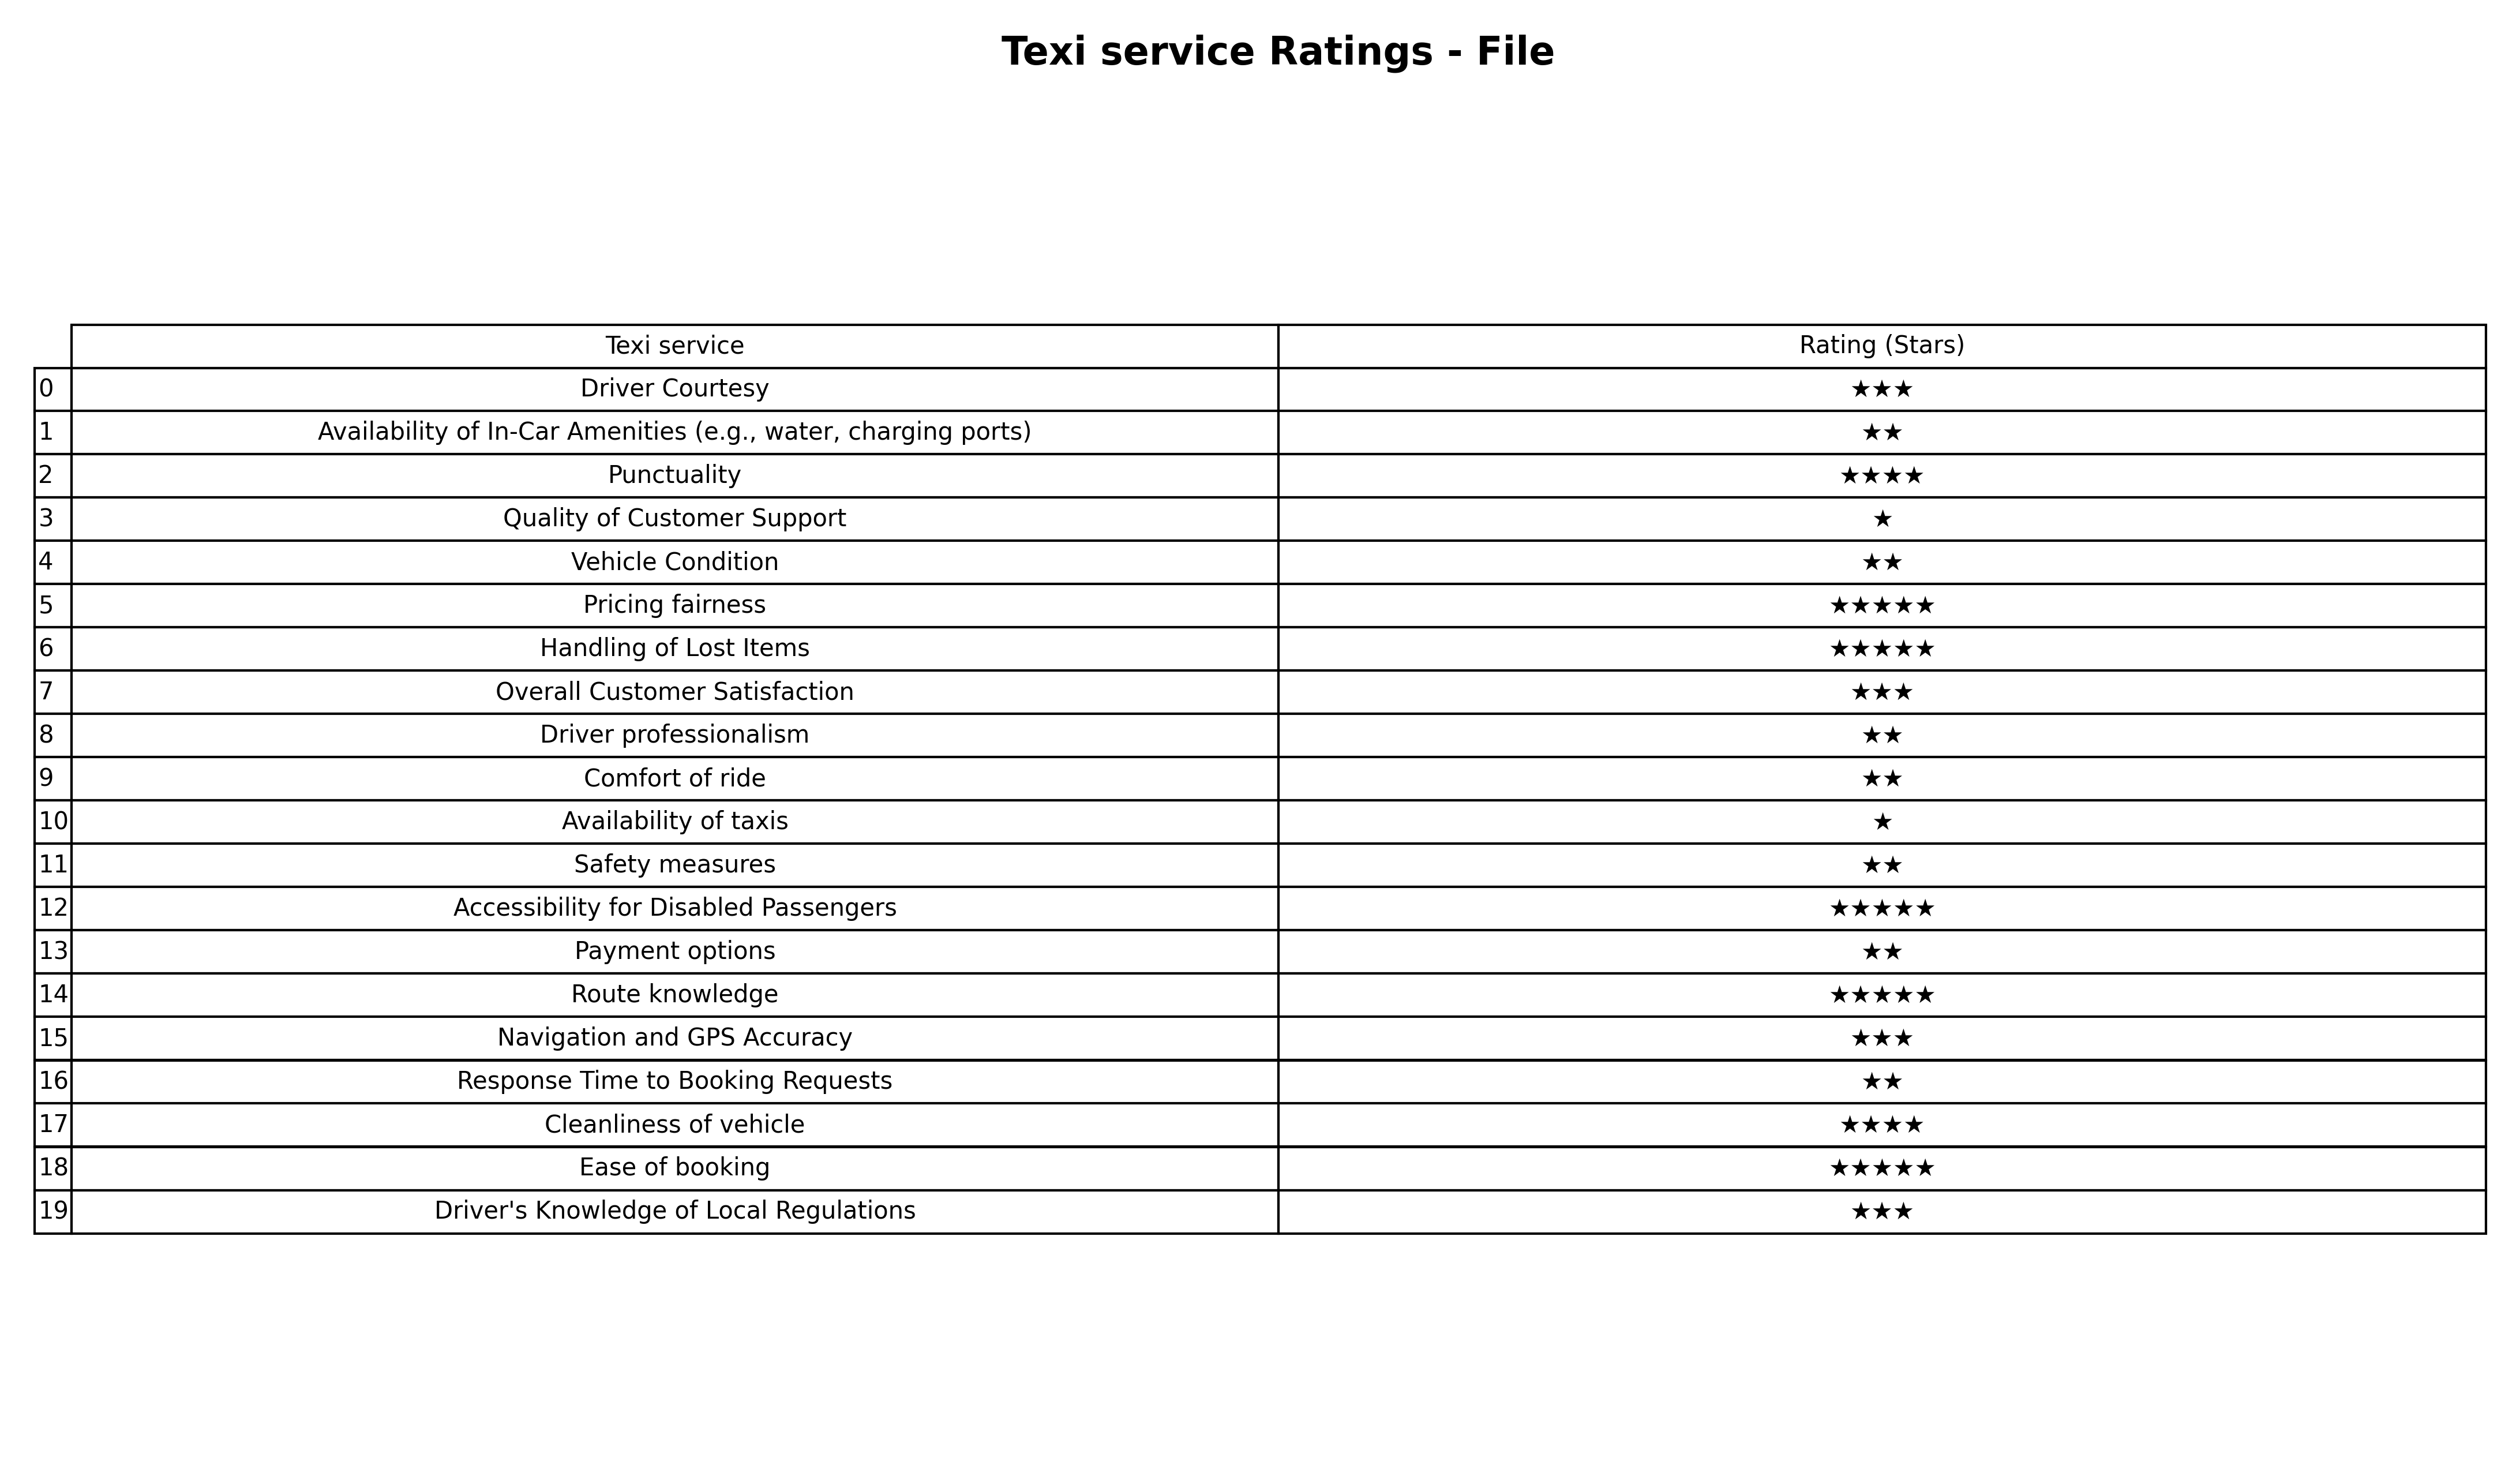
question: What is the rating of Cleanliness of vehicle?
answer: ★★★★